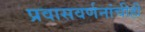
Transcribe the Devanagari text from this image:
प्रवासवर्णनांचीही